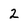
Character: 2